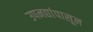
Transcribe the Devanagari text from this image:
उपनद्यांपासून